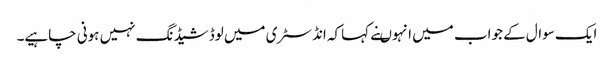
ایک سوال کے جواب میں انہوںنے کہاکہ انڈسٹری میں لوڈشیڈنگ نہیں ہونی چاہیے۔